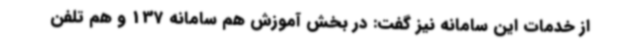
از خدمات این سامانه نیز گفت: در بخش آموزش هم سامانه 137 و هم تلفن